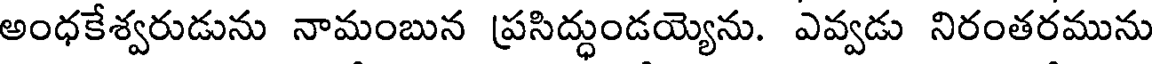
అంధకేశ్వరుడును నామంబున ప్రసిద్ధుండయ్యెను. ఎవ్వడు నిరంతరమును